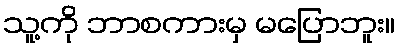
သူ့ကို ဘာစကားမှ မပြောဘူး။